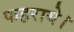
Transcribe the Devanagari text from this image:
फहराये।